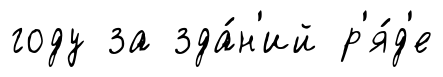
году за зда́н'ий р'я́д'е